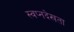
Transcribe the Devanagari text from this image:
स्वप्नदेखता